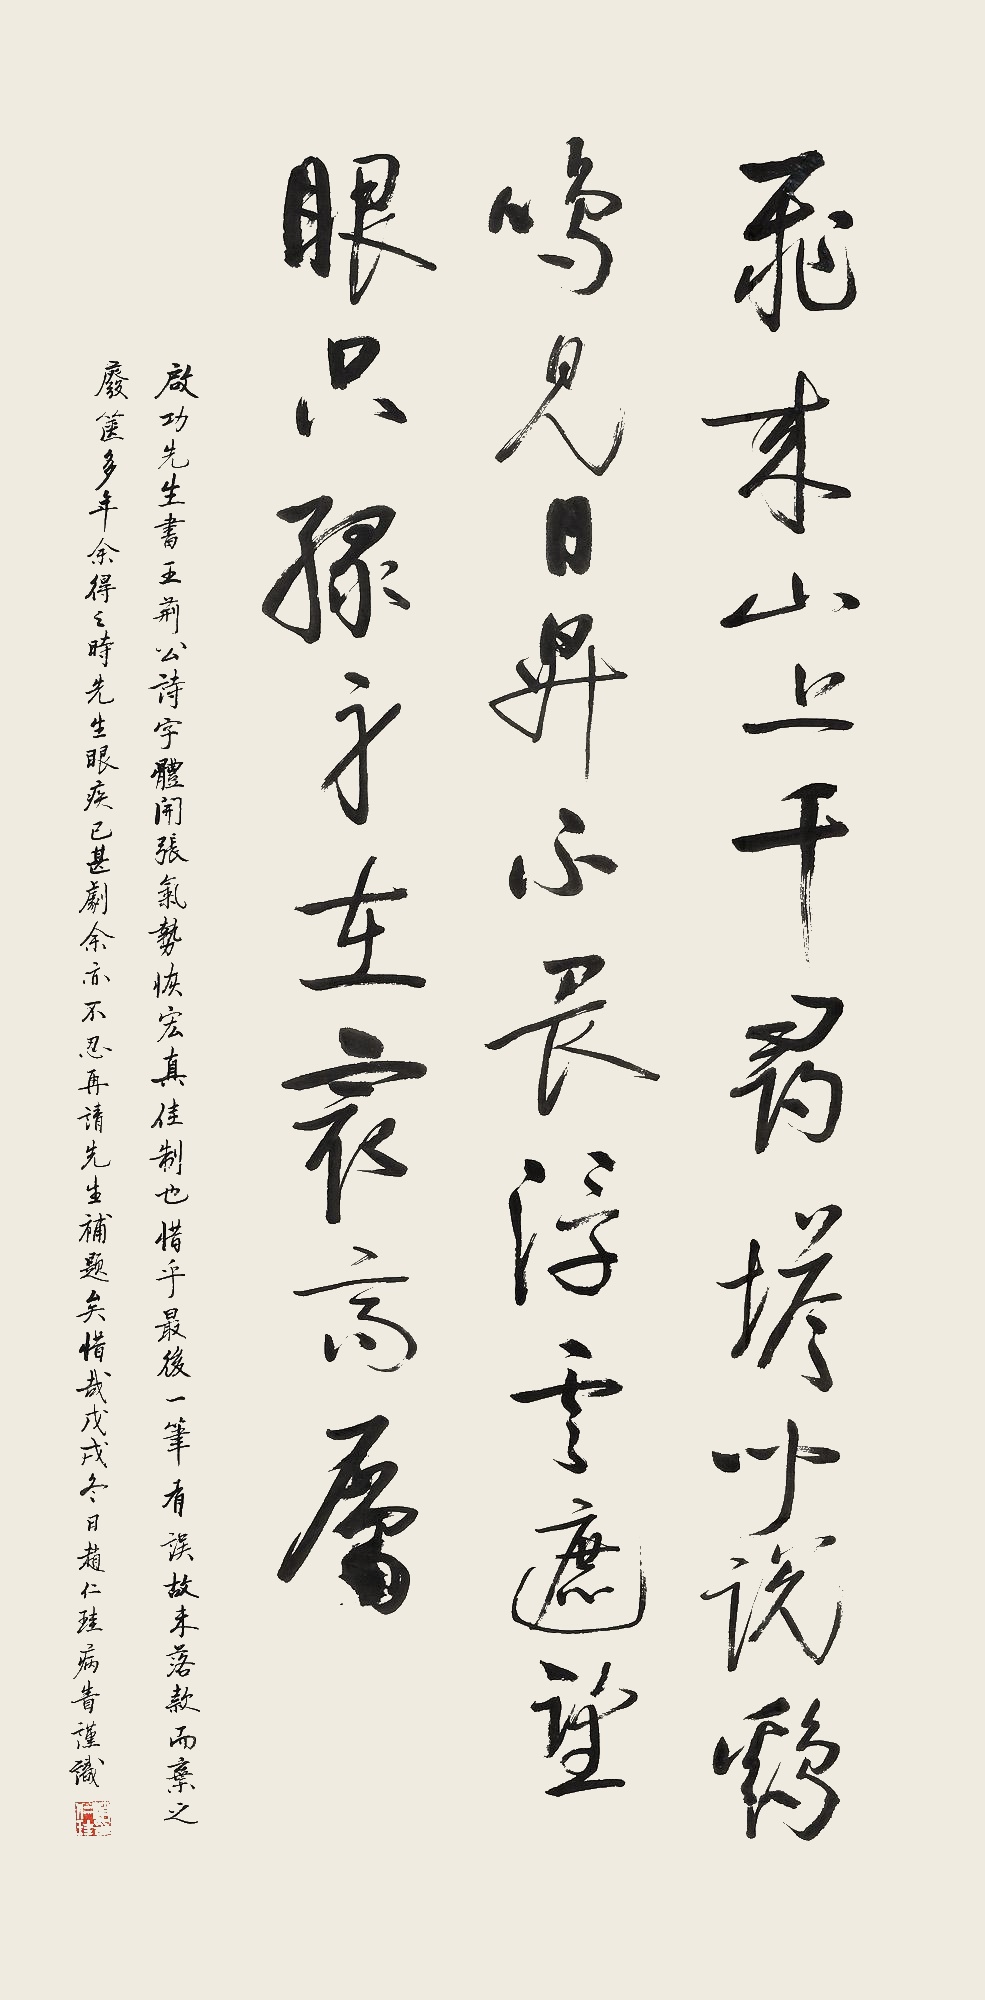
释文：飞来山上千寻塔，闻说鸡鸣见日升。不畏浮云遮望眼，只缘身在最高层。启功先生书王荆公诗，字体开张，气势恢宏，真佳制也。惜乎最后一笔有误，故未落款而弃之废篓多年。余得之时，先生眼疾已甚剧，余亦不忍再请先生补题矣惜哉！戊戌（2018年）冬日，赵仁珪病眚谨识。